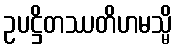
ဥပဋ္ဌိတဿတိဟမသ္မိ